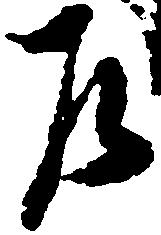
乍